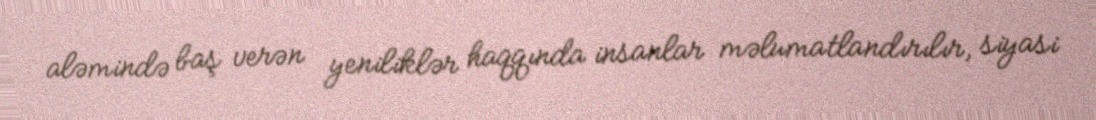
aləmində baş verən yeniliklər haqqında insanlar məlumatlandırılır, siyasi